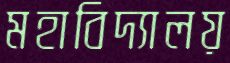
মহাবিদ্যালয়